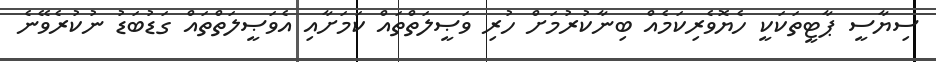
ސިޔާސީ ޕާޓީތަކަކީ ހެޔޮވެރިކަމެއް ބިނާކުރުމަށް ހުރި ވަޞީލަތްތައް ކަމަށާއި އެވަޞީލަތްތައް ގަޑުބަޑު ނުކުރެވޭނެ